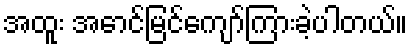
အထူး အောင်မြင်ကျော်ကြားခဲ့ပါတယ်။